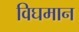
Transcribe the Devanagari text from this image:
विघमान